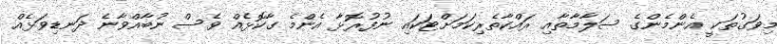
މިވަގުތަކީ އެންމެންގެ ސަލާމާތާއި ރައްކާތެރިކަމަށްޓަކައި ނުފުރޮޅާ އެންމެ ގާކޮޅެއް ވެސް ނުބާއްވާނެ ދަނޑިވަޅެއް